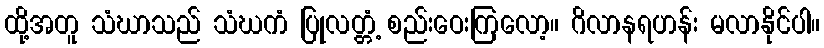
ထို့အတူ သံဃာသည် သံဃကံ ပြုလတ္တံ့ စည်းဝေးကြလော့။ ဂိလာနရဟန်း မလာနိုင်ပါ။